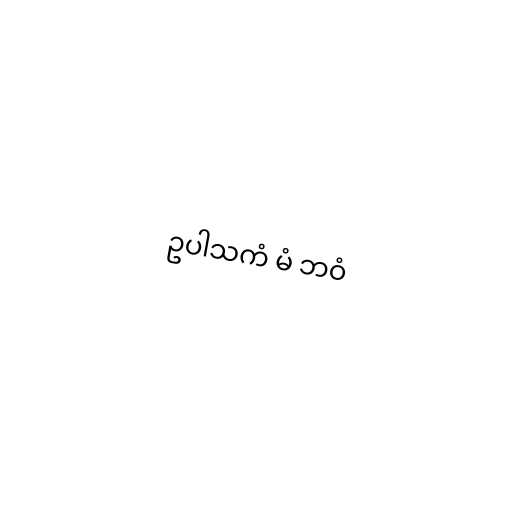
ဥပါသကံ မံ ဘဝံ